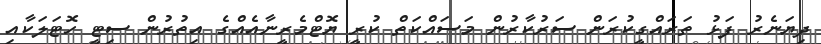
ދިޔަނެރު ފަޅު ތަރައްގީކުރަން ސަރުކާރުން މަސައްކަތް ކުރީ ޔޮޓްމެރީނާއެއްގެ އިތުރުން ސިޓީ ހޮޓަލަކާއި